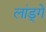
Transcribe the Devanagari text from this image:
लांड्गे